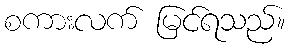
စကားလက် မြင်ရသည်။